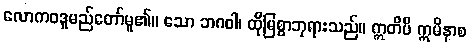
လောကဝဒူမည်တော်မူ၏။ သော ဘဂဝါ၊ ထိုမြစွာဘုရားသည်။ ဣတိပိ ဣမိနာစ